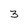
Character: 3